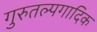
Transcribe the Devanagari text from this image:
गुरुतल्पगादिक